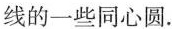
线的一些同心圆.